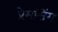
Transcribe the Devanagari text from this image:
प्रेमसिंग